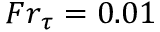
{ F r } _ { \tau } = 0 . 0 1